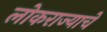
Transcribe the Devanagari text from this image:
लोकराज्याचे